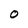
Character: 0